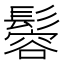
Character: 𩮠